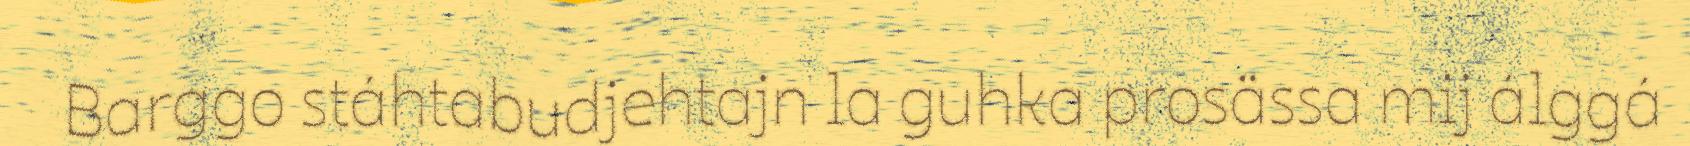
Barggo stáhtabudjehtajn la guhka prosässa mij álggá